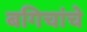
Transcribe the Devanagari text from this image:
बगिचांचे